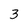
Character: 3